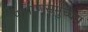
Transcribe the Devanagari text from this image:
पाषाणसमुच्चय